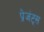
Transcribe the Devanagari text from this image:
प्रेजंट्स